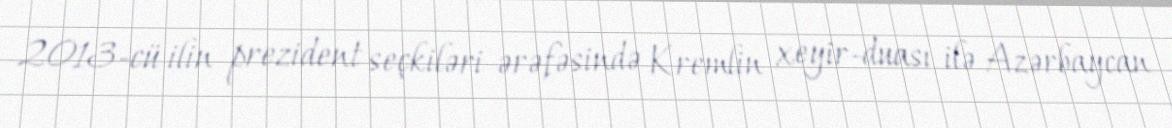
2013-cü ilin prezident seçkiləri ərəfəsində Kremlin xeyir-duası ilə Azərbaycan